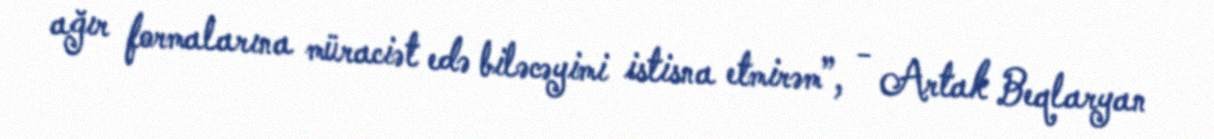
ağır formalarına müraciət edə biləcəyimi istisna etmirəm”, - Artak Beqlaryan